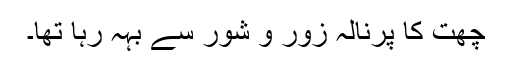
چھت کا پرنالہ زور و شور سے بہہ رہا تھا۔